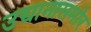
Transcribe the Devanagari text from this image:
उद्यानासमोर